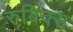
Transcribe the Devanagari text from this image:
रुबिक्स